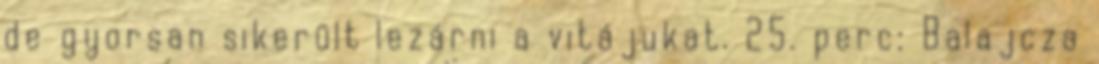
de gyorsan sikerült lezárni a vitájukat. 25. perc: Balajcza